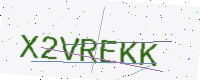
Text: X2VREKK